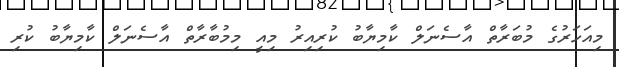
މިއަހަރުގެ މުބަރާތް އާސެނަލް ކާމިޔާބު ކުރިއިރު މިއީ މިމުބާރާތް އާސެނަލް ކާމިޔާބު ކުރި